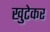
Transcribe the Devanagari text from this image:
खुटेकर